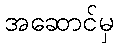
အဆောင်မှ